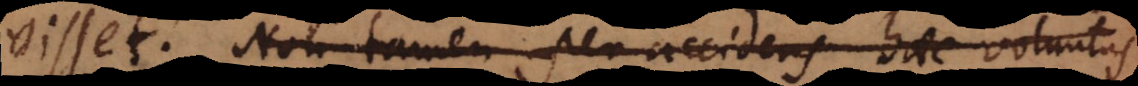
visset. Non tamen per accidens haec voluntas